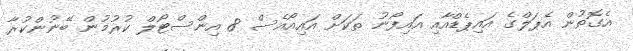
އެގޮތުން އެޕަލްގެ އައިޕެޑްއާއި އައިފޯނު ތަކަށް އައިއޯއެސް 8 އިންސްޓޯލް ކުރުމުން ބޭނުންކުރާ